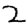
Digit: 2